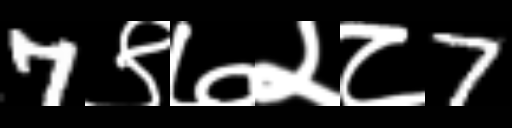
Text: 7९७२८7